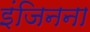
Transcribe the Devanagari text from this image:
इंजिनना